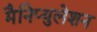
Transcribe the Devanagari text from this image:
मैनिप्युलेशन